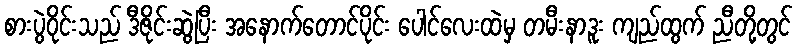
စားပွဲဝိုင်းသည် ဒီဇိုင်းဆွဲပြီး အနောက်တောင်ပိုင်း ပေါင်လေးထဲမှ တမီးနာဒူး ကျည်ထွက် ညီတို့တွင်